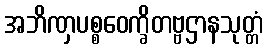
အဘိဏှပစ္စဝေက္ခိတဗ္ဗဌာနသုတ္တံ